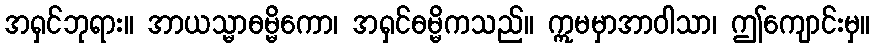
အရှင်ဘုရား။ အာယသ္မာဓမ္မိကော၊ အရှင်ဓမ္မိကသည်။ ဣမမှာအာဝါသာ၊ ဤကျောင်းမှ။